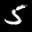
Label: 5